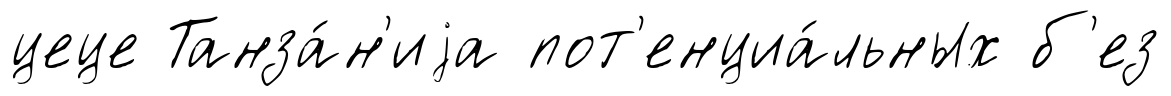
цеце Танза́н'иjа пот'енциа́льных б'ез